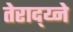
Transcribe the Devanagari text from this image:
तेराद्य्ने